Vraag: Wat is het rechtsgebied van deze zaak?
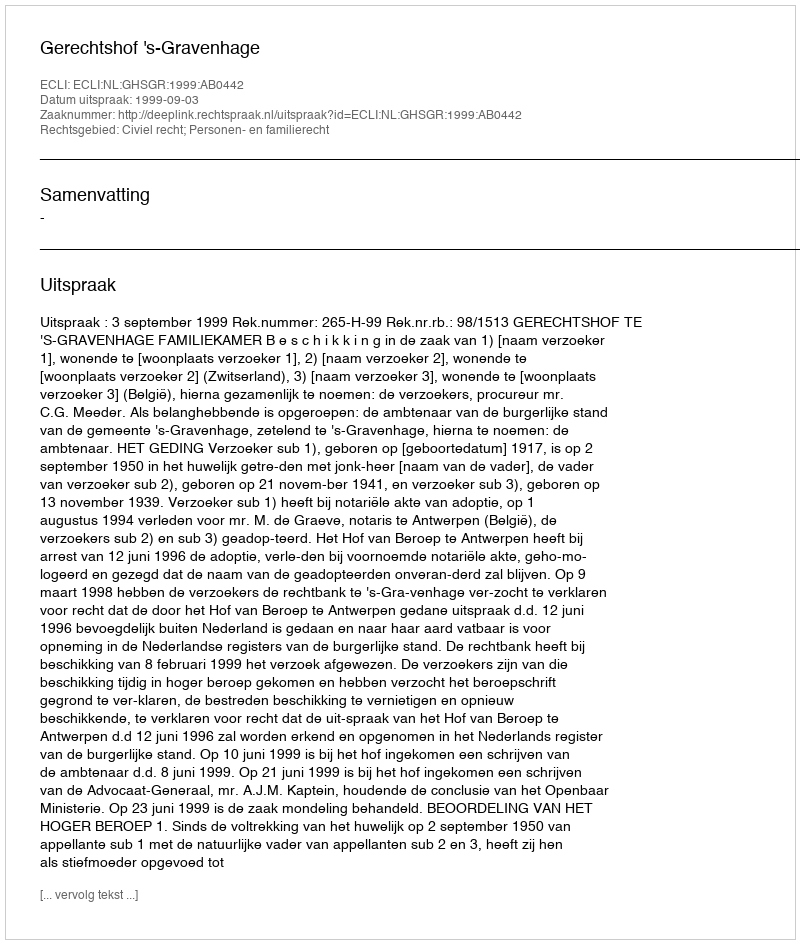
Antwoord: Civiel recht; Personen- en familierecht